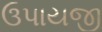
ઉપાયજી